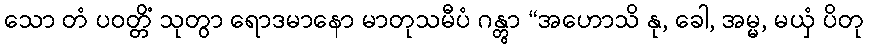
သော တံ ပဝတ္တိံ သုတွာ ရောဒမာနော မာတုသမီပံ ဂန္တွာ “အဟောသိ နု, ခေါ, အမ္မ, မယှံ ပိတု